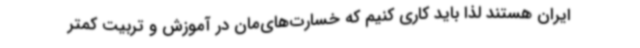
ایران هستند لذا باید کاری کنیم که خسارت‌های‌مان در آموزش و تربیت کمتر